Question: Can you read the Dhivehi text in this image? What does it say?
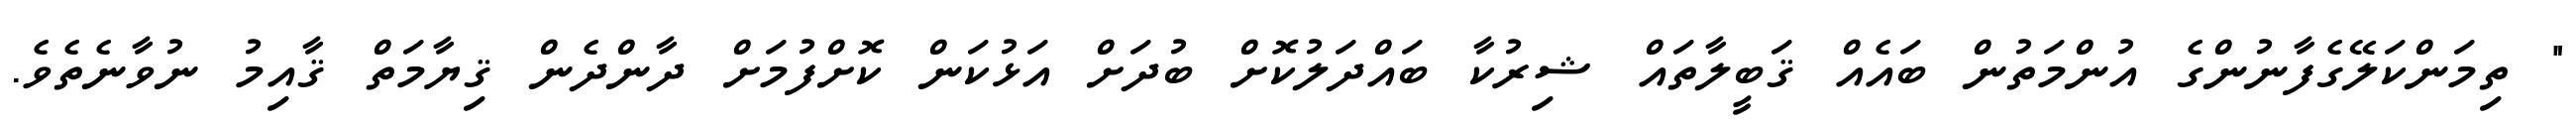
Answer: " ތިމަންކަލޭގެފާނުންގެ އުންމަތުން ބައެއް ޤަބީލާތައް ޝިރުކާ ބައްދަލުކޮށް ބުދަށް އަޅުކަން ކޮށްފުމަށް ދާންދެން ޤިޔާމަތް ޤާއިމު ނުވާނެތެވެ.